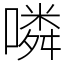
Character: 噒